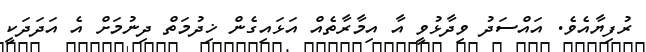
ރުފިޔާއެވެ. އައްސަދު ވިދާޅުވީ އާ އިމާރާތެއް އަޅައިގެން ޚިދުމަތް ދިނުމަށް އެ އަދަދަކީ